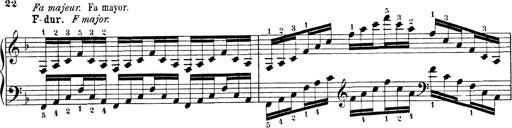
Title: Technische Studien
Composer: Franz Liszt